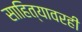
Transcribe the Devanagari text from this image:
साहित्यावरही